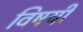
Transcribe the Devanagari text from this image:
विषयीं